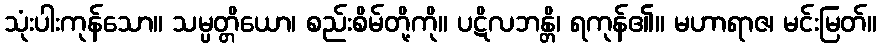
သုံးပါးကုန်သော။ သမ္ပတ္တိယော၊ စည်းစိမ်တို့ကို။ ပဋိလဘန္တိ၊ ရကုန်၏။ မဟာရာဇ၊ မင်းမြတ်။